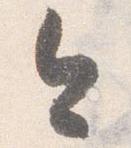
今